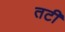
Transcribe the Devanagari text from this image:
तटीं